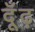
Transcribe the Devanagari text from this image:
दूँढ़